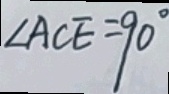
\angle A C E = 9 0 ^ { \circ }